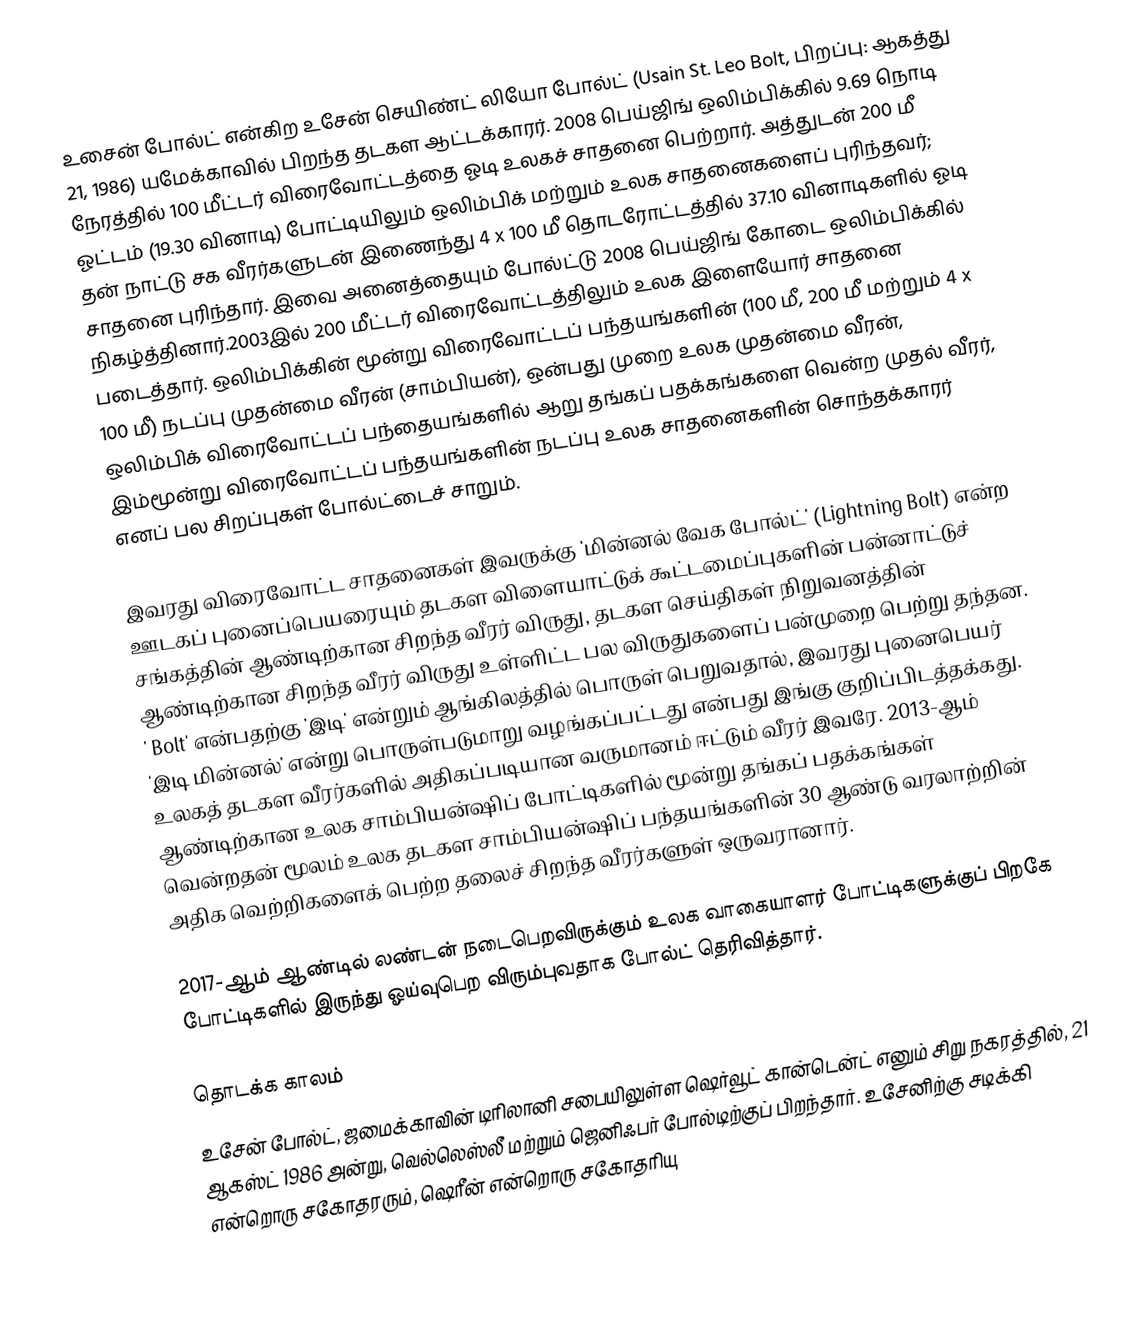
உசைன் போல்ட் என்கிற உசேன் செயிண்ட் லியோ போல்ட் (Usain St. Leo Bolt, பிறப்பு: ஆகத்து 21, 1986) யமேக்காவில் பிறந்த தடகள ஆட்டக்காரர். 2008 பெய்ஜிங் ஒலிம்பிக்கில் 9.69 நொடி நேரத்தில் 100 மீட்டர் விரைவோட்டத்தை ஓடி உலகச் சாதனை பெற்றார். அத்துடன் 200 மீ ஓட்டம் (19.30 வினாடி) போட்டியிலும் ஒலிம்பிக் மற்றும் உலக சாதனைகளைப் புரிந்தவர்; தன் நாட்டு சக வீரர்களுடன் இணைந்து 4 x 100 மீ தொடரோட்டத்தில் 37.10 வினாடிகளில் ஓடி சாதனை புரிந்தார். இவை அனைத்தையும் போல்ட்டு 2008 பெய்ஜிங் கோடை ஒலிம்பிக்கில் நிகழ்த்தினார்.2003இல் 200 மீட்டர் விரைவோட்டத்திலும் உலக இளையோர் சாதனை படைத்தார். ஒலிம்பிக்கின் மூன்று விரைவோட்டப் பந்தயங்களின் (100 மீ, 200 மீ மற்றும் 4 x 100 மீ) நடப்பு முதன்மை வீரன் (சாம்பியன்), ஒன்பது முறை உலக முதன்மை வீரன், ஒலிம்பிக் விரைவோட்டப் பந்தையங்களில் ஆறு தங்கப் பதக்கங்களை வென்ற முதல் வீரர், இம்மூன்று விரைவோட்டப் பந்தயங்களின் நடப்பு உலக சாதனைகளின் சொந்தக்காரர் எனப் பல சிறப்புகள் போல்ட்டைச் சாறும்.

இவரது விரைவோட்ட சாதனைகள் இவருக்கு 'மின்னல் வேக போல்ட்' (Lightning Bolt) என்ற  ஊடகப் புனைப்பெயரையும் தடகள விளையாட்டுக் கூட்டமைப்புகளின் பன்னாட்டுச் சங்கத்தின் ஆண்டிற்கான சிறந்த வீரர் விருது, தடகள செய்திகள் நிறுவனத்தின் ஆண்டிற்கான சிறந்த வீரர் விருது உள்ளிட்ட பல விருதுகளைப் பன்முறை பெற்று தந்தன. ' Bolt' என்பதற்கு 'இடி' என்றும் ஆங்கிலத்தில் பொருள் பெறுவதால், இவரது புனைபெயர் 'இடி மின்னல்' என்று பொருள்படுமாறு வழங்கப்பட்டது என்பது இங்கு குறிப்பிடத்தக்கது. உலகத் தடகள வீரர்களில் அதிகப்படியான வருமானம் ஈட்டும் வீரர் இவரே. 2013-ஆம் ஆண்டிற்கான உலக சாம்பியன்ஷிப் போட்டிகளில் மூன்று தங்கப் பதக்கங்கள் வென்றதன் மூலம் உலக தடகள சாம்பியன்ஷிப் பந்தயங்களின் 30 ஆண்டு வரலாற்றின் அதிக வெற்றிகளைக் பெற்ற தலைச் சிறந்த வீரர்களுள் ஒருவரானார்.

2017-ஆம் ஆண்டில் லண்டன் நடைபெறவிருக்கும் உலக வாகையாளர் போட்டிகளுக்குப் பிறகே போட்டிகளில் இருந்து ஓய்வுபெற விரும்புவதாக போல்ட் தெரிவித்தார்.

தொடக்க காலம்
உசேன் போல்ட், ஜமைக்காவின் டிரிலானி சபையிலுள்ள ஷெர்வூட் கான்டென்ட் எனும் சிறு நகரத்தில், 21 ஆகஸ்ட் 1986 அன்று, வெல்லெஸ்லீ மற்றும் ஜெனிஃபர் போல்டிற்குப் பிறந்தார். உசேனிற்கு சடிக்கி என்றொரு சகோதரரும், ஷெரீன் என்றொரு சகோதரியு